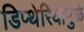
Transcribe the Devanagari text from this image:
डिप्थेरियामुळे